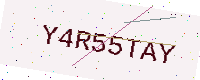
Text: Y4R55TAY